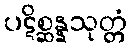
ပဋိစ္ဆန္နသုတ္တံ